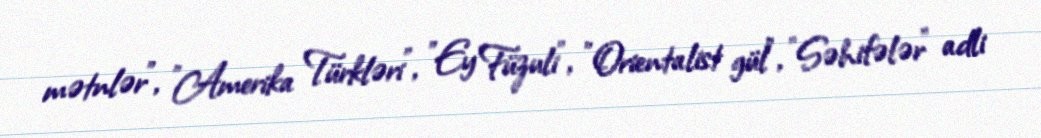
mətnlər", "Amerika Türkləri", "Ey Füzuli", "Orientalist gül", "Səhifələr" adli